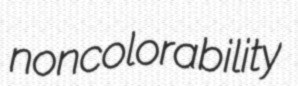
noncolorability